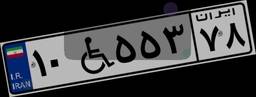
۱۰W۵۵۳۷۸